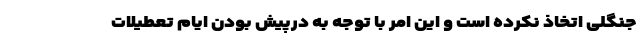
جنگلی اتخاذ نکرده است و این امر با توجه به درپیش بودن ایام تعطیلات